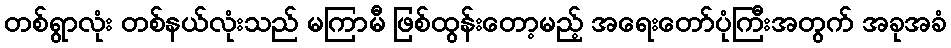
တစ်ရွာလုံး တစ်နယ်လုံးသည် မကြာမီ ဖြစ်ထွန်းတော့မည့် အရေးတော်ပုံကြီးအတွက် အခုအခံ